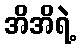
အိအိရဲ့